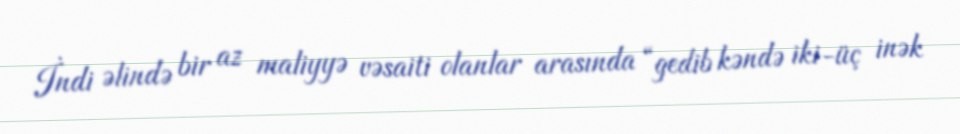
İndi əlində bir az maliyyə vəsaiti olanlar arasında “gedib kəndə iki-üç inək